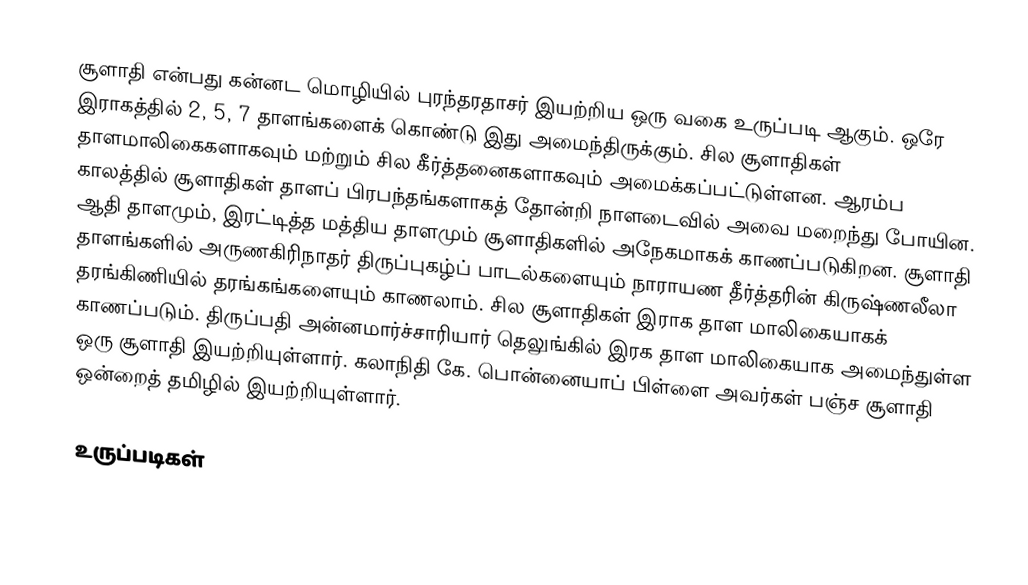
சூளாதி என்பது கன்னட மொழியில் புரந்தரதாசர் இயற்றிய ஒரு வகை உருப்படி ஆகும். ஒரே இராகத்தில் 2, 5, 7 தாளங்களைக் கொண்டு இது அமைந்திருக்கும். சில சூளாதிகள் தாளமாலிகைகளாகவும் மற்றும் சில கீர்த்தனைகளாகவும் அமைக்கப்பட்டுள்ளன. ஆரம்ப காலத்தில் சூளாதிகள் தாளப் பிரபந்தங்களாகத் தோன்றி நாளடைவில் அவை மறைந்து போயின. ஆதி தாளமும், இரட்டித்த மத்திய தாளமும் சூளாதிகளில் அநேகமாகக் காணப்படுகிறன. சூளாதி தாளங்களில் அருணகிரிநாதர் திருப்புகழ்ப் பாடல்களையும் நாராயண தீர்த்தரின்  கிருஷ்ணலீலா தரங்கிணியில் தரங்கங்களையும் காணலாம். சில சூளாதிகள் இராக தாள மாலிகையாகக் காணப்படும். திருப்பதி அன்னமார்ச்சாரியார் தெலுங்கில் இரக தாள மாலிகையாக அமைந்துள்ள ஒரு சூளாதி இயற்றியுள்ளார். கலாநிதி கே. பொன்னையாப் பிள்ளை அவர்கள் பஞ்ச சூளாதி ஒன்றைத் தமிழில் இயற்றியுள்ளார்.

உருப்படிகள்